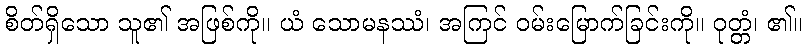
စိတ်ရှိသော သူ၏ အဖြစ်ကို။ ယံ သောမနဿံ၊ အကြင် ဝမ်းမြောက်ခြင်းကို။ ဝုတ္တံ၊ ၏။